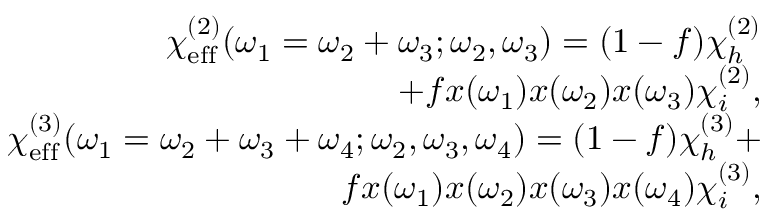
\begin{array} { r l r } & { } & { \chi _ { \mathrm { e f f } } ^ { ( 2 ) } ( \omega _ { 1 } = \omega _ { 2 } + \omega _ { 3 } ; \omega _ { 2 } , \omega _ { 3 } ) = ( 1 - f ) \chi _ { h } ^ { ( 2 ) } } \\ & { } & { + f x ( \omega _ { 1 } ) x ( \omega _ { 2 } ) x ( \omega _ { 3 } ) \chi _ { i } ^ { ( 2 ) } , } \\ & { } & { \chi _ { \mathrm { e f f } } ^ { ( 3 ) } ( \omega _ { 1 } = \omega _ { 2 } + \omega _ { 3 } + \omega _ { 4 } ; \omega _ { 2 } , \omega _ { 3 } , \omega _ { 4 } ) = ( 1 - f ) \chi _ { h } ^ { ( 3 ) } + } \\ & { } & { f x ( \omega _ { 1 } ) x ( \omega _ { 2 } ) x ( \omega _ { 3 } ) x ( \omega _ { 4 } ) \chi _ { i } ^ { ( 3 ) } , } \end{array}